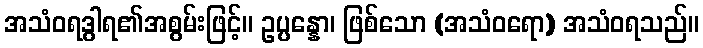
အသံဝရဒွါရ၏အစွမ်းဖြင့်။ ဥပ္ပန္နော၊ ဖြစ်သော (အသံဝရော) အသံဝရသည်။